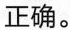
正确。